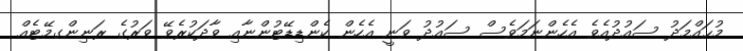
މުޙައްމަދު ސައުދުއެވެ އެހެންނަމަވެސް ސައުދު ވަނީ އެހެން ކެންޑިޑޭޓުންނާއި ވާދަކުރެވޭ ވަރުގެ ރަނިންގމޭޓެއް